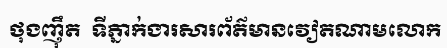
ថុងញ៉ឹត  ទីភ្នាក់ងារសារព័ត៌មានវៀតណាមលោក